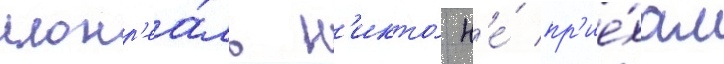
монр'еа́ль н'икто́ н'е́ пр'ие́хал